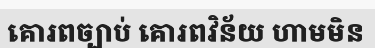
គោរពច្បាប់ គោរពវិន័យ ហាមមិន